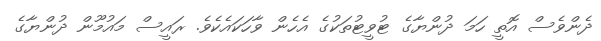
ދެންވެސް އޮތީ ހަމަ ދުންޔާގެ ޓުވީޓުތަކުގެ އެހެން ވާހަކައެކެވެ. ރައީސް މައުމޫން ދުންޔާގެ